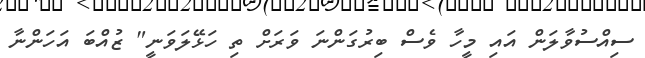
ސިއްސުވާލަން އައި މީހާ ވެސް ބިރުގަންނަ ވަރަށް ތި ހަޅޭލަވަނީ" ޒުއްބަ އަހަންނާ